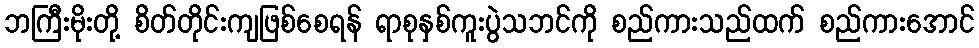
ဘကြီးမိုးတို့ စိတ်တိုင်းကျဖြစ်စေရန် ရာစုနှစ်ကူးပွဲသဘင်ကို စည်ကားသည်ထက် စည်ကားအောင်